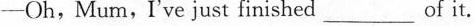
——Oh,Mum,I've just finished___of it.